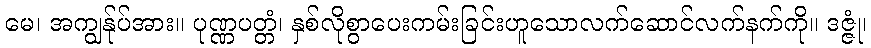
မေ၊ အကျွန်ုပ်အား။ ပုဏ္ဏပတ္တံ၊ နှစ်လိုစွာပေးကမ်းခြင်းဟူသောလက်ဆောင်လက်နက်ကို။ ဒဇ္ဇုံ၊